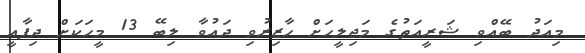
މިއަދު ބޭއްވި ޝަރީއަތުގެ މަޖިލީހަށް ހާޒިރުވި ދައުވާ ލިބޭ 13 މީހަކަށް ދިފާއީ